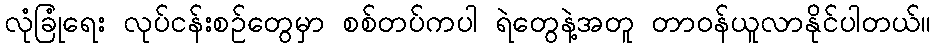
လုံခြုံရေး လုပ်ငန်းစဉ်တွေမှာ စစ်တပ်ကပါ ရဲတွေနဲ့အတူ တာဝန်ယူလာနိုင်ပါတယ်။